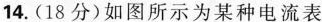
14.(18分)如图所示为某种电流表